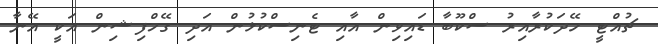
ޗުއްޓީ ހޭދަކުރާއިރު ސްކޫބާ ޑައިވިން އާއި ޓެނިސްކުޅުން އަދި ގޭމްފިޝިން އަކީ އޭނާ